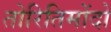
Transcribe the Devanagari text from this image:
तोरितिमोंदो